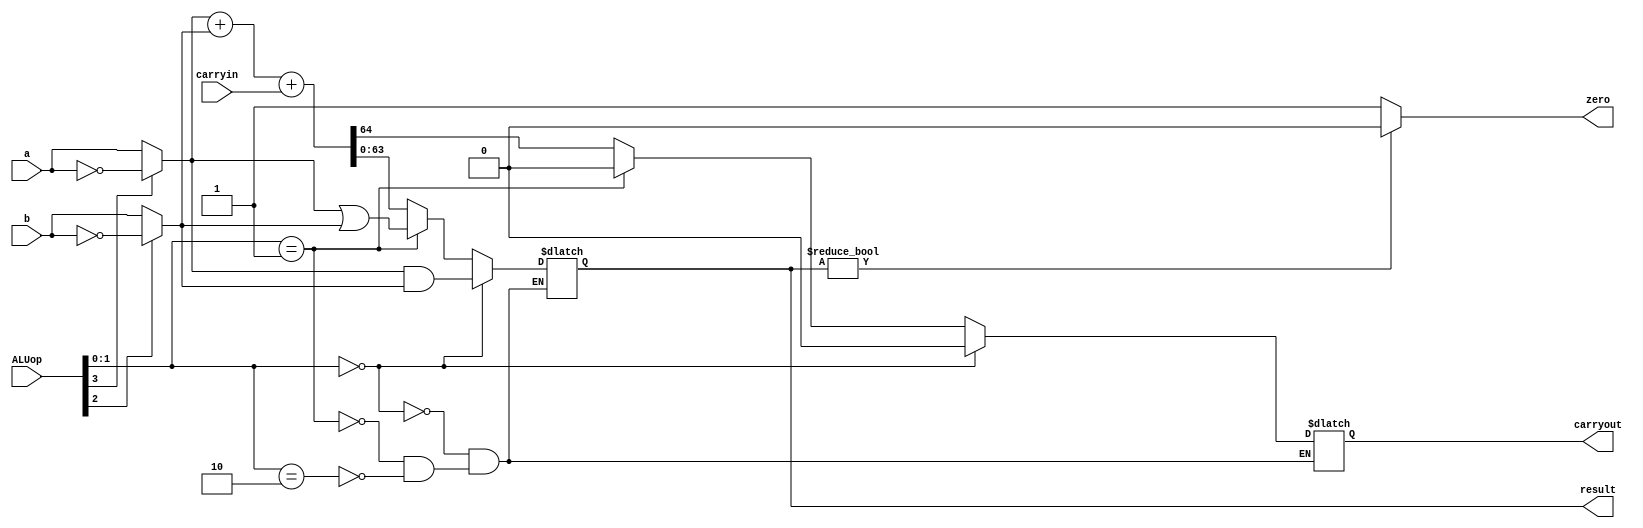
module ALU_64_BIT
(
  input [63:0]a, 
  input [63:0]b, 
  input carryin,
  input [3:0]ALUop,
  output reg [63:0]result,  
  output reg carryout, zero
);

wire [63:0]mux1out; 
wire [63:0]mux2out;
wire [64:0]sum;

//Assigning data to wires
assign  mux1out = ALUop[3] ? ~a : a;
assign  mux2out = ALUop[2] ? ~b : b; 
assign sum = {1'b0, mux1out} + {1'b0, mux2out} + {64'h0000000000000000, carryin};
    
// 3:1 MUX output
always @ (*)
begin    
  if (ALUop[1:0] == 2'b00)
  begin
    result <= mux1out & mux2out;
    carryout <= 1'b0;
  end
  else if (ALUop[1:0] == 2'b01)
  begin
    result <= mux1out | mux2out;
    carryout <= 1'b0;
  end
  else if (ALUop[1:0] == 2'b10)
  begin
    result <= sum[63:0];
    carryout <= sum[64];
  end
  zero <= result ? 1'b0 : 1'b1;
end

endmodule